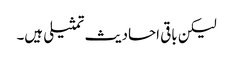
لیکن باقی احادیث تمثیلی ہیں۔